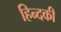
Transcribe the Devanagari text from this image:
हिन्दकी